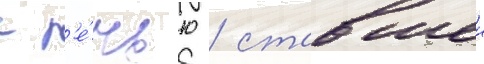
с р'е́чью / ставшеи